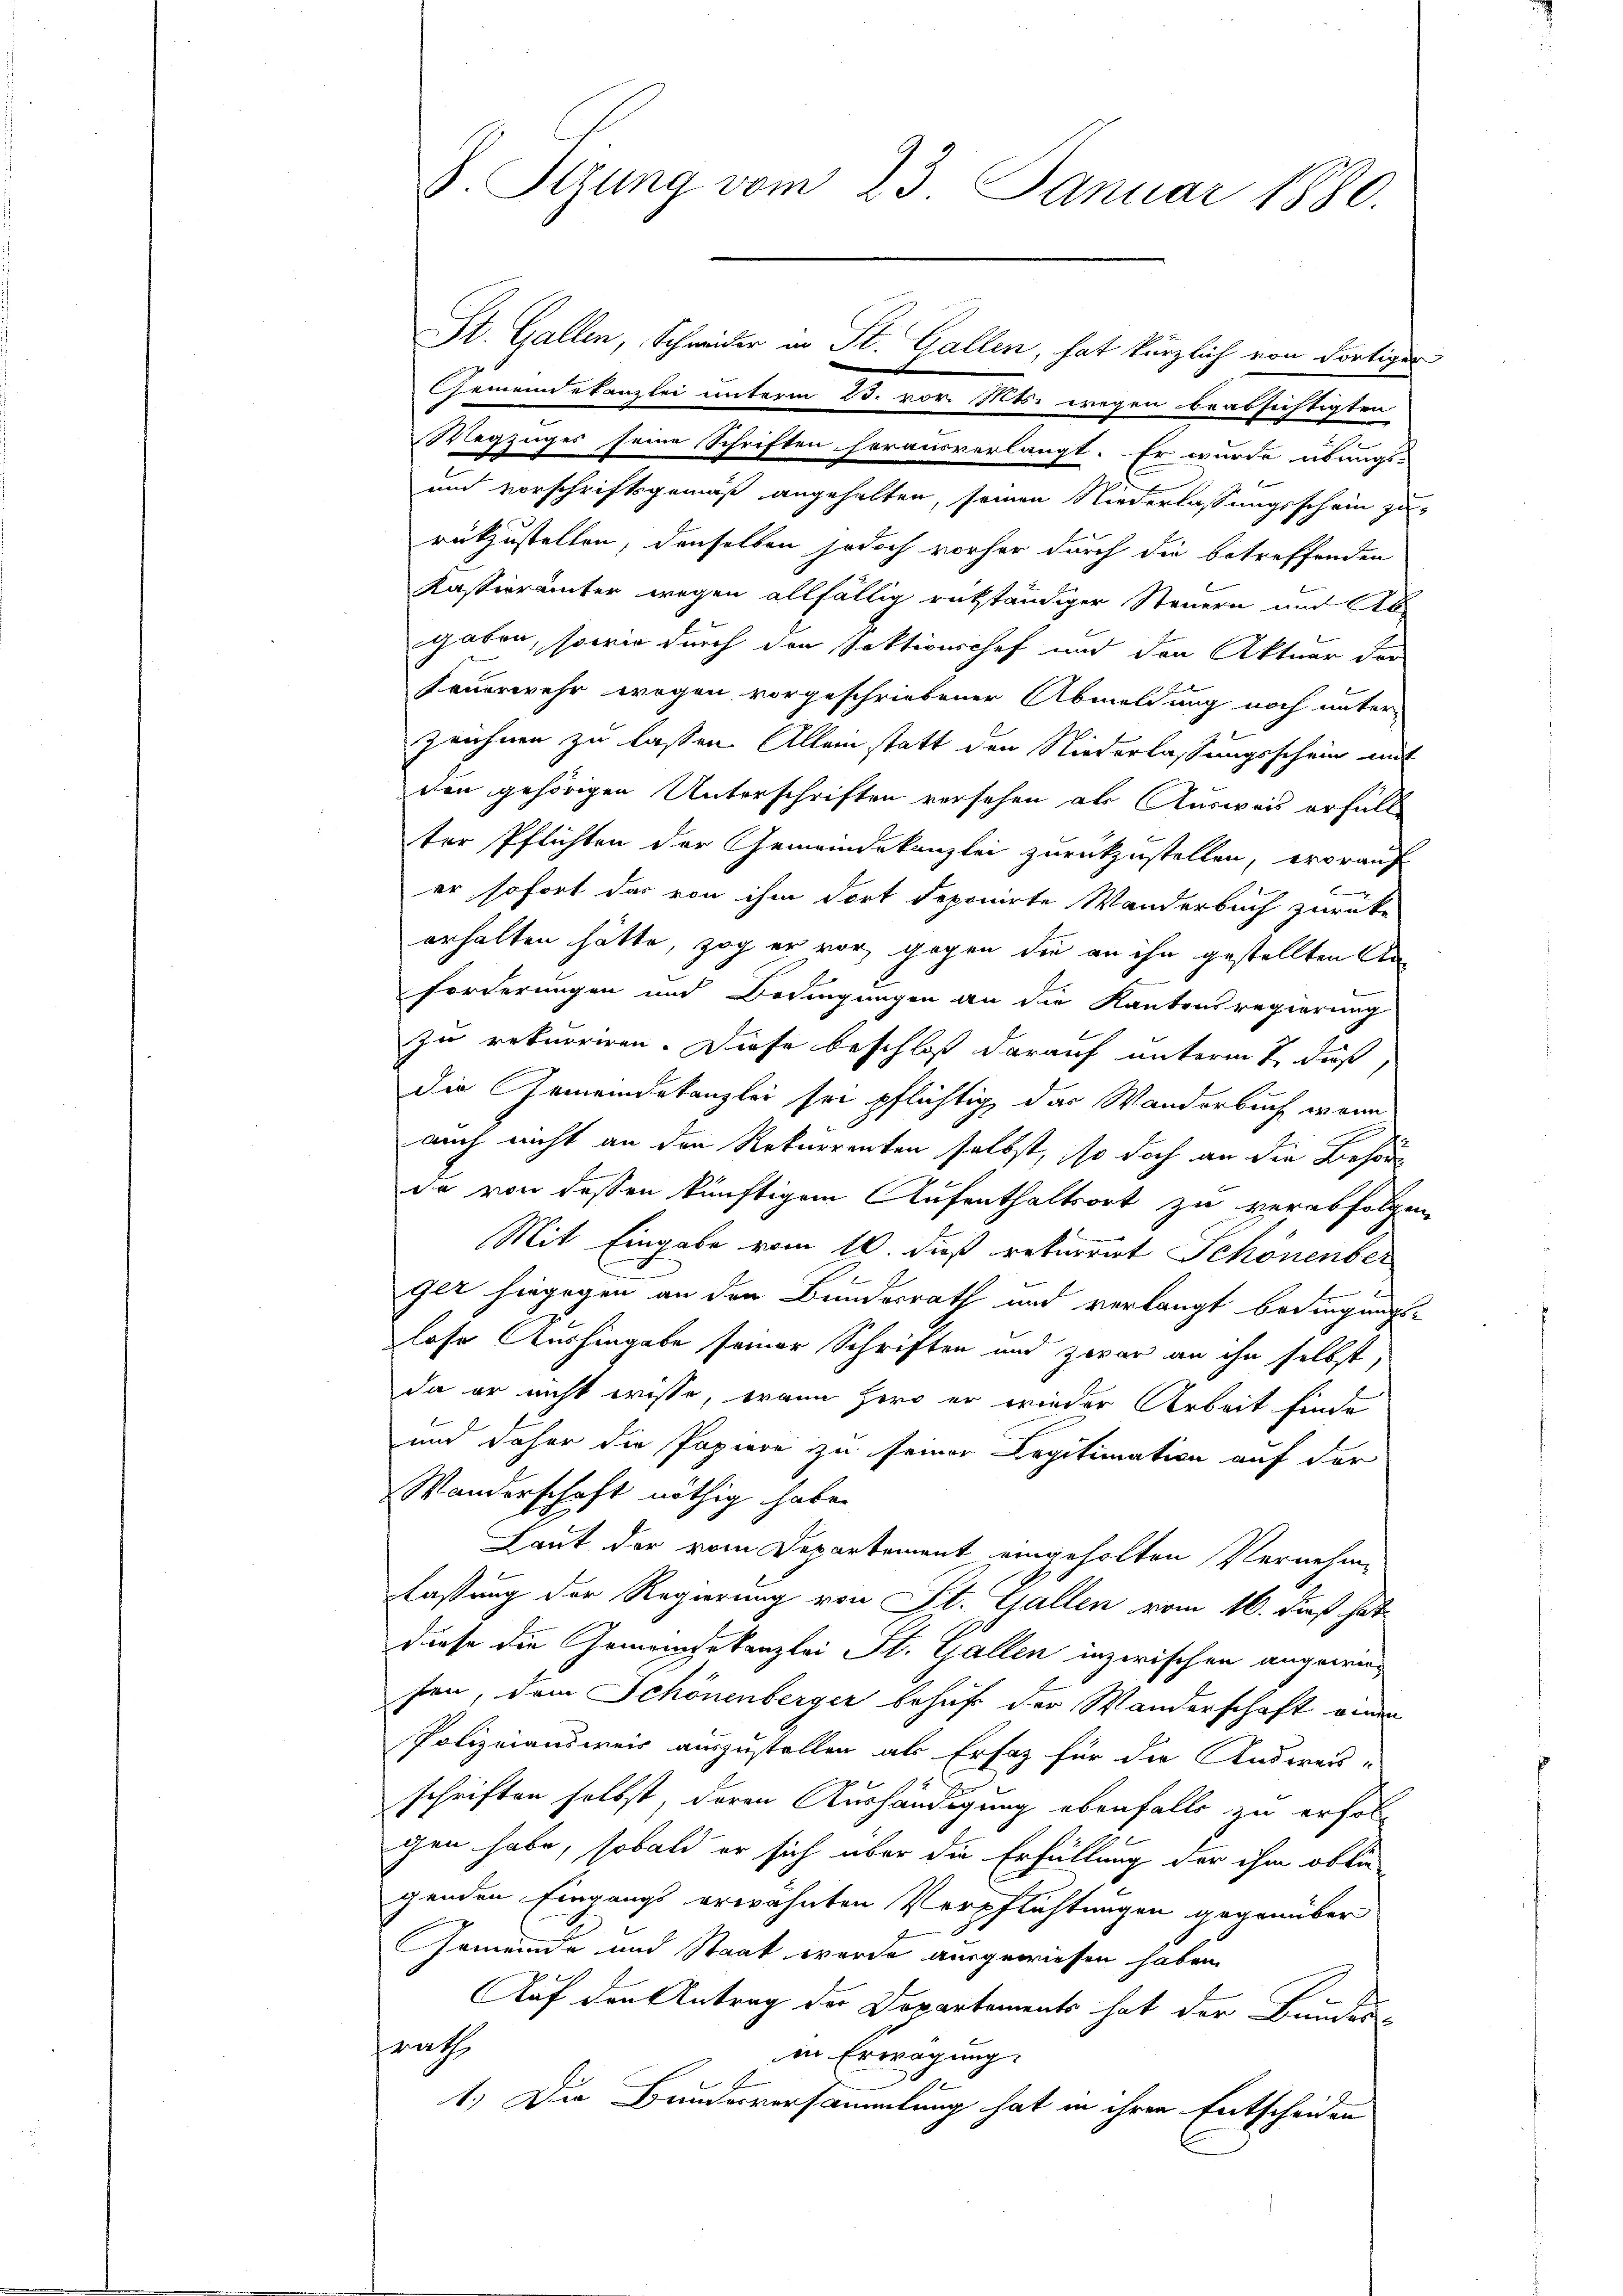
J. Sizung vom 23. Januar 1880.

Gemeindekanzlei unterm 23. vor. Mts. wegen beabsichtigten
Wegzuges seine Schriften herausverlangt. Er wurde übungs-
und vorschriftsgemäß angehalten, seinen Niederlassungsschein zu
rükzustellen, denselben jedoch vorher durch die betreffenden
Kassierämter wegen allfällig rükständiger Steuern und Ab-
gaben, sowie durch den Sektionschef und den Aktuar der
Feuerwehr wegen vorgeschriebener Abmeldung noch unter-
zeichnen zu lassen. Allein statt den Niederlassungsschein mit
den gehörigen Unterschriften versehen als Ausweis erfüll
ter Pflichten der Gemeindekanzlei zurückzustellen, worauf
er sofort das von ihm dort deponirte Wanderbuch zurücke
erhalten hätte, zog er vor, gegen die an ihn gestellten An¬
Forderungen und Bedingungen an die Kantonsregierung
zu rekurriren. Diese beschloss darauf unterm 7. daß,
die Gemeindekanzlei sei pflichtig, das Wanderbuch wenn
auch nicht an den Rekurrenten selbst, so doch an die Behöre
da von dessen künftigem Aufenthaltsort zu verabfolgen
Mit Eingabe vom 10. dieß rekurrirt Schönenber
ger hingegen an den Bundesrath und verlangt bedingungs-
lose Aushingabe seiner Schriften und zwar an ihn selbst,
da er nicht wisse, wann hero er wieder Arbeit finde
und daher die Papiere zu seiner Legitimation auf der
Wanderschaft nöthig habe.
Laut der vom Departement eingeholten Vernehme
lassung der Regierung von St. Gallen vom 16. daß hat
diese die Gemeindekanzlei St. Gallen inzwischen angewirfen, dem Schönenberger behuf der Wanderschaft einen
Polizeiansweis auszustellen als Ersatz für die Ausweis-
schriften selbst, deren Aushändigung ebenfalls zu erfol
gen habe, sobald er sich über die Erfüllung der ihm oblie
genden Eingangs erwähnten Verpflichtungen gegenüber
Gemeinde und Staat wurde ausgewiesen haben.
Auf den Antrag der Departements hat der Bundes-
srath
in Erwägung.
.
1.) Die Bundesversammlung hat in ihren Entscheiden

St. Gallen, Schwider in St. Gallen, hat kürzlich von dortiger